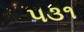
૫૩૧